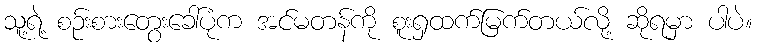
သူ့ရဲ့ စဉ်းစားတွေးခေါ်ပုံက အင်မတန်ကို စူးရှထက်မြက်တယ်လို့ ဆိုရမှာ ပါပဲ။